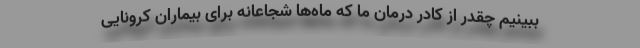
ببینیم چقدر از کادر درمان ما که ماه‌ها شجاعانه برای بیماران کرونایی